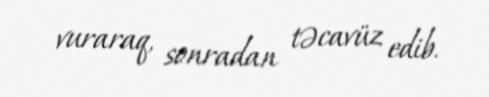
vuraraq, sonradan təcavüz edib.